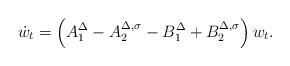
LaTeX: \begin{align*} \dot{w}_t = \left( A_1^{\Delta} - A_2^{\Delta,\sigma} - B_1^{\Delta} + B_2^{\Delta,\sigma} \right) w_t.\end{align*}